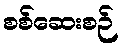
စစ်ဆေးစဉ်